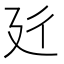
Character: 𱝑